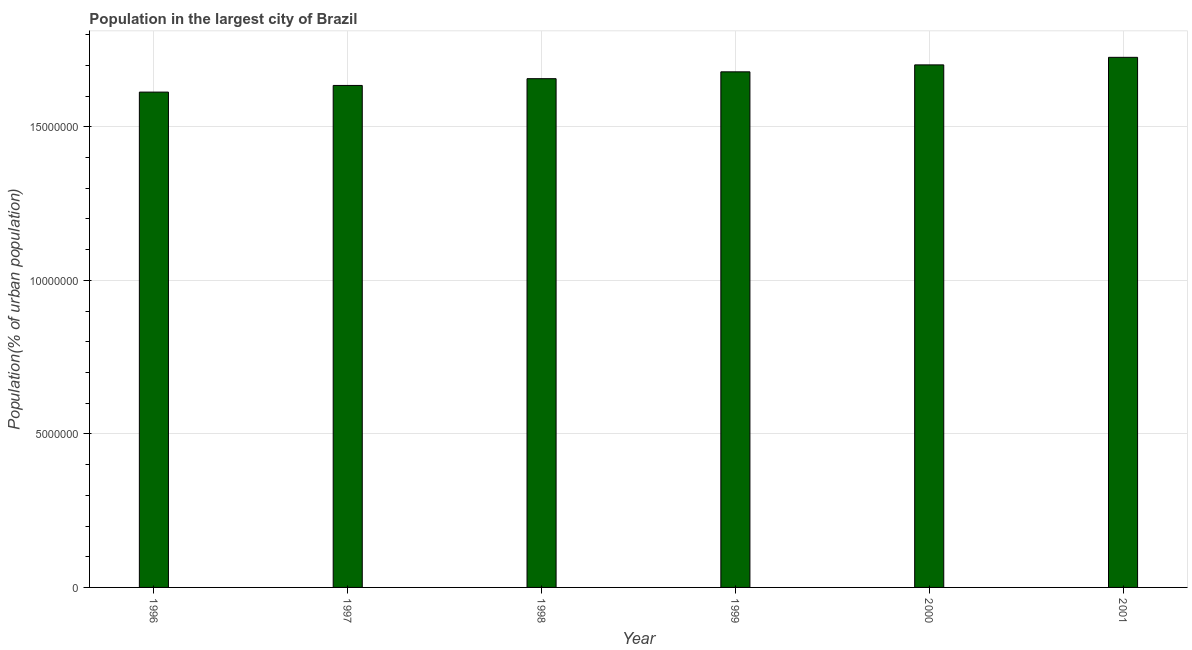
| Year | Population in largest city |
 | --- | --- |
 | 1996 | 1.61e+07 |
 | 1997 | 1.63e+07 |
 | 1998 | 1.66e+07 |
 | 1999 | 1.68e+07 |
 | 2000 | 1.7e+07 |
 | 2001 | 1.73e+07 |